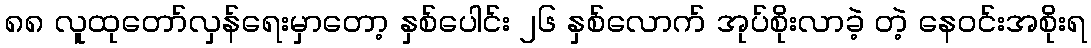
၈၈ လူထုတော်လှန်ရေးမှာတော့ နှစ်ပေါင်း ၂၆ နှစ်လောက် အုပ်စိုးလာခဲ့ တဲ့ နေဝင်းအစိုးရ